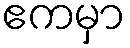
ဧကမှာ